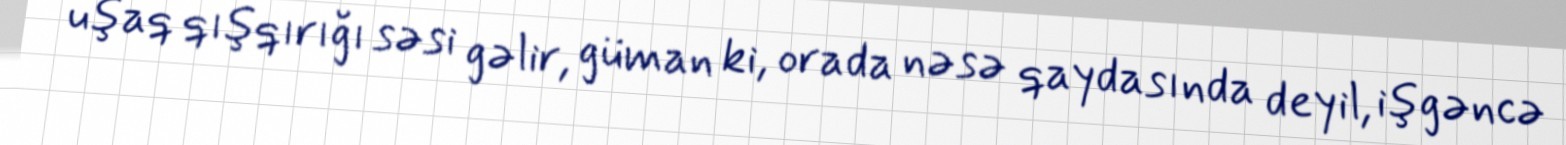
uşaq qışqırığı səsi gəlir, güman ki, orada nəsə qaydasında deyil, işgəncə